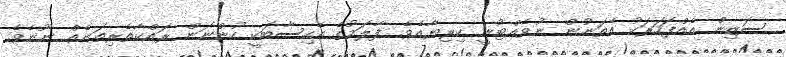
ސަޒިން އެއްފަހަރަކު އެތަނުން ނުވެއްޓުނީ ކިރިޔާއެވެ. ފާލަމުގެ އެހިސާބަކީ ހުންނަން ރައްކާތެރިތަނެއް ނޫނެވެ.